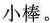
小棒。